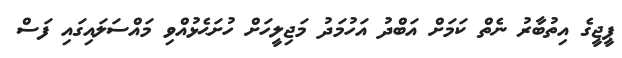
ޕީޖީގެ އިތުބާރު ނެތް ކަމަށް އަބްދު އަހުމަދު މަޖިލީހަށް ހުށަޙެޅުއްވި މައްސަލައިގައި ފަސް